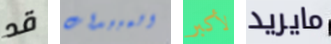
قد المبيدات لأكبر مايريد